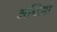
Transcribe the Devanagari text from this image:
अखियां